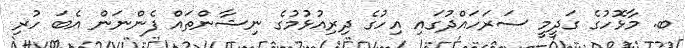
ބ. މާޅޮހުގެ ގަދީމީ ސަރަހައްދުގައި އިހުގެ ދިރިއުޅުމުގެ ނިޝާންތައް ފެންނަން އެބަ ހުރި